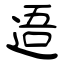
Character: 逜